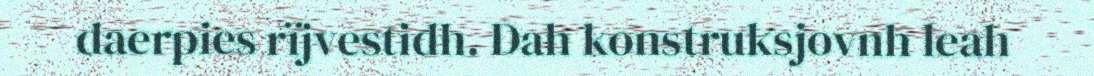
daerpies rïjvestidh. Dah konstruksjovnh leah